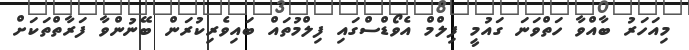
މިއަަހަރު ބާއްވާ ހަތްވަނަ ގައުމީ ފިލްމް އެވޯޑްސްގައި ފިލްމުތައް ބައިވެރިކުރަން ބޭނުންވާ ފަރާތްތަކަށް